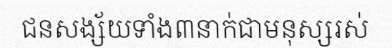
ជនសង្ស័យទាំង៣នាក់ជាមនុស្សរស់